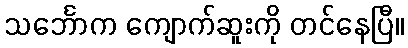
သင်္ဘောက ကျောက်ဆူးကို တင်နေပြီ။